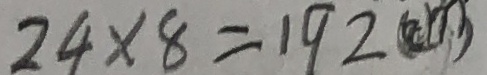
2 4 \times 8 = 1 9 2 ( c m )